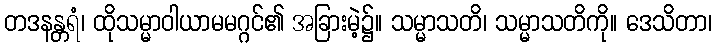
တဒနန္တရံ၊ ထိုသမ္မာဝါယာမမဂ္ဂင်၏ အခြားမဲ့၌။ သမ္မာသတိ၊ သမ္မာသတိကို။ ဒေသိတာ၊